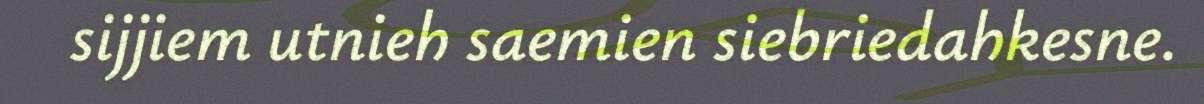
sijjiem utnieh saemien siebriedahkesne.